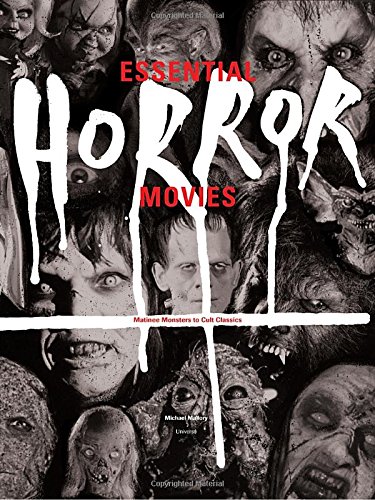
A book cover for Essential Horror Movies: Matinee Monsters to Cult Classics; Michael Mallory; Humor & Entertainment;